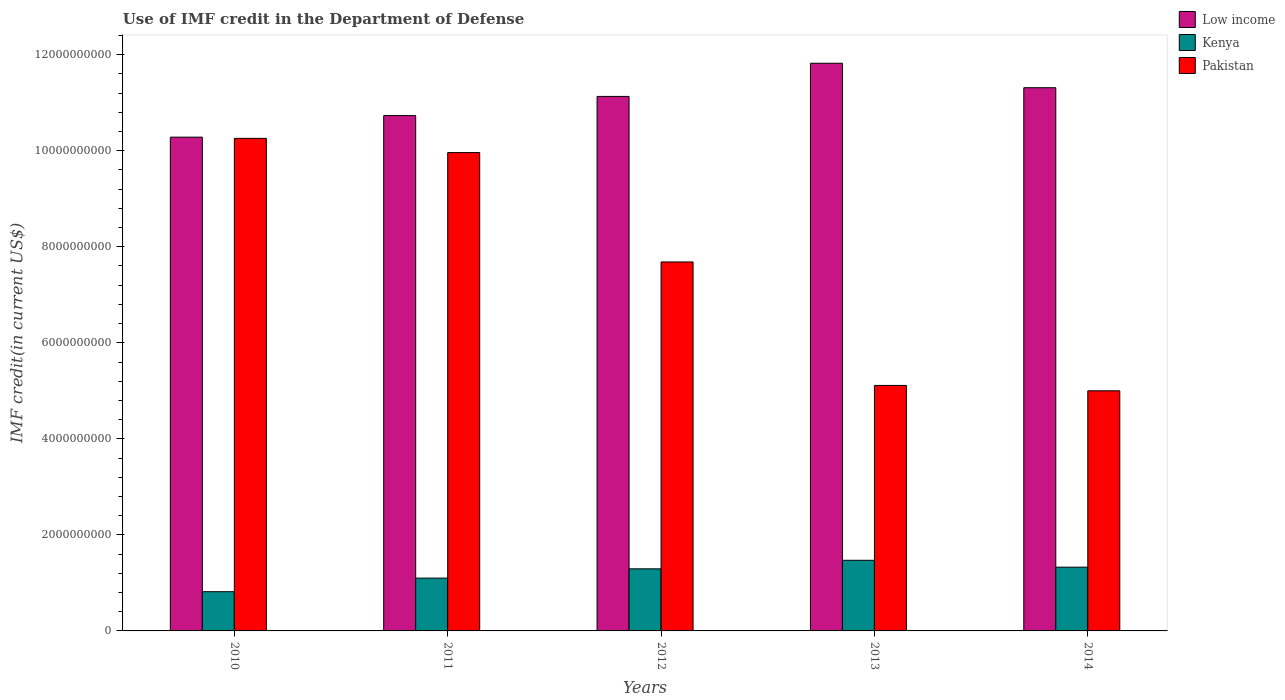
| Years | Low income | Kenya | Pakistan |
 | --- | --- | --- | --- |
 | 2010 | 1.03e+10 | 8.17e+08 | 1.03e+10 |
 | 2011 | 1.07e+10 | 1.1e+09 | 9.96e+09 |
 | 2012 | 1.11e+10 | 1.29e+09 | 7.68e+09 |
 | 2013 | 1.18e+10 | 1.47e+09 | 5.11e+09 |
 | 2014 | 1.13e+10 | 1.33e+09 | 5e+09 |